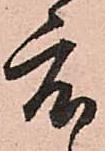
度